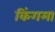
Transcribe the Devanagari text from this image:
किंगमा